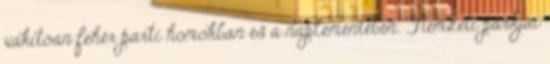
vakítóan fehér parti homokban és a naplementében. Nemzeti parkjai